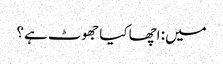
میں: اچھا کیا جھوٹ ہے؟